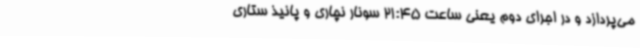
می‌پردازد و در اجرای دوم یعنی ساعت 21:45 سونار نچاری و پانیذ ستاری